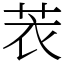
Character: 䒾